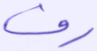
رف